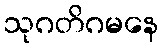
သုဂတိဂမနေ